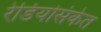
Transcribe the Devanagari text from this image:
रेडियोसंकेत